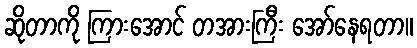
ဆိုတာကို ကြားအောင် တအားကြီး အော်နေရတာ။